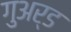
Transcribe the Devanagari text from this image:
गुअर्ड